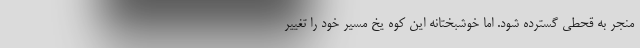
منجر به قحطی گسترده شود. اما خوشبختانه این کوه یخ مسیر خود را تغییر